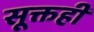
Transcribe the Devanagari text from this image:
सूक्तही